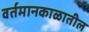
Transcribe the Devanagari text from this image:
वर्तमानकाळातील